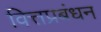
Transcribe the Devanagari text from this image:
वित्तप्रबंधन